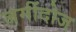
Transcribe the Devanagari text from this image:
जमींदोज